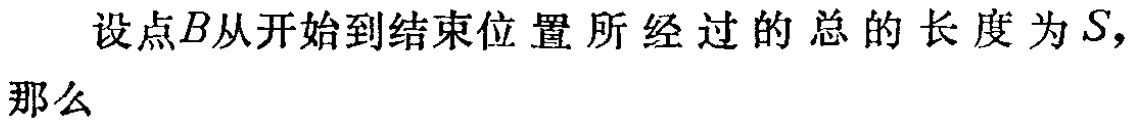
设点\(B\)从开始到结束位置所经过的总的长度为\(S\)，那么